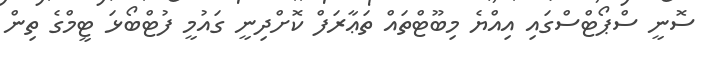
ސޮނީ ސްޕޯޓްސްގައި އިއްޔެ މިބޫޓްތައް ތަޢާރަފް ކޮށްދިނީ ގައުމީ ފުޓްބޯޅަ ޓީމްގެ ތިން